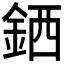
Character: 𲇊